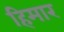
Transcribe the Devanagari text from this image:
हिमार